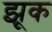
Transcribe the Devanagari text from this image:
झूक